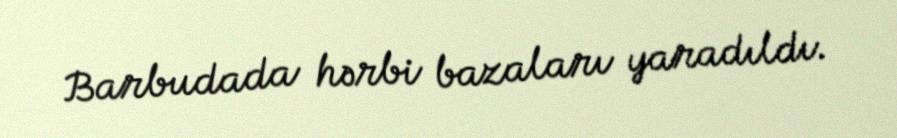
Barbudada hərbi bazaları yaradıldı.